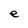
Character: e